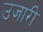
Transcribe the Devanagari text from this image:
उजारी